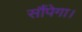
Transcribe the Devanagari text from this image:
सौंपेगा।